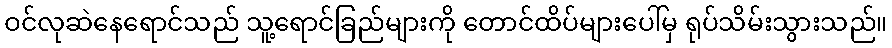
ဝင်လုဆဲနေရောင်သည် သူ့ရောင်ခြည်များကို တောင်ထိပ်များပေါ်မှ ရုပ်သိမ်းသွားသည်။